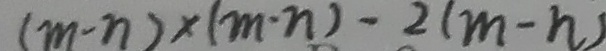
( m - n ) \times ( m - n ) - 2 ( m - n )